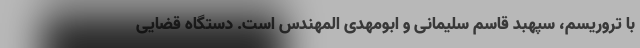
با تروریسم، سپهبد قاسم سلیمانی و ابومهدی المهندس است. دستگاه قضایی